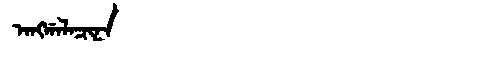
Manchu: ᠠᠩᡤᠠᠯᠠᠴᡳᠨᠠ
Romanization: ANGGALACINA